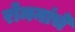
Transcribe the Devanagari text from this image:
रोमनांचे